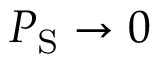
P _ { \mathrm { S } } \to 0